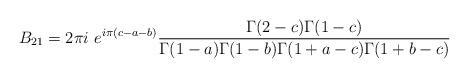
LaTeX: \begin{align*}B_{21} = 2\pi i~e^{i\pi(c-a-b)}\frac{\Gamma(2-c)\Gamma(1-c)}{\Gamma(1-a)\Gamma(1-b)\Gamma(1+a-c)\Gamma(1+b-c)}\end{align*}